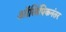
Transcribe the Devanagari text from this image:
ऑलिंपिकनंतर